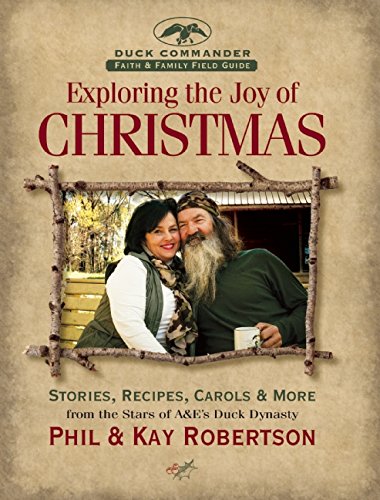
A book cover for Exploring the Joy of Christmas: A Duck Commander Faith and Family Field Guide; Phil Robertson; Christian Books & Bibles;